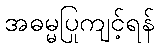
အဓမ္မပြုကျင့်ရန်